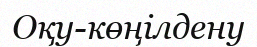
Оқу-көңілдену